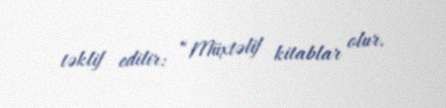
təklif edilir: “Müxtəlif kitablar olur.